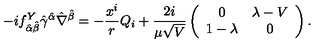
- i f _ { \hat { \alpha } \hat { \beta } } ^ { Y } \hat { \gamma } ^ { \hat { \alpha } } \hat { \nabla } ^ { \hat { \beta } } = - \frac { x ^ { i } } { r } Q _ { i } + \frac { 2 i } { \mu \sqrt { V } } \left( \begin{array} { c c } { 0 } & { \lambda - V } \\ { 1 - \lambda } & { 0 } \\ \end{array} \right) .